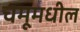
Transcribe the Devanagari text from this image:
चमूमधील